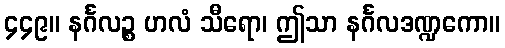
၄၄၉။ နင်္ဂလဉ္စ ဟလံ သီရော၊ ဤသာ နင်္ဂလဒဏ္ဍကော။